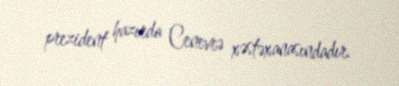
prezident hazırda Cenevrə xəstəxanasındadır.